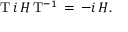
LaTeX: { \mathrm { T } } \, i \, H \, { \mathrm { T } } ^ { - 1 } \, = \, - i \, H { \mathrm { . } }